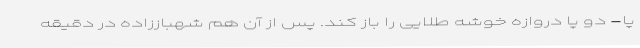
پا- دو پا دروازه خوشه طلایی را باز کند. پس از آن هم شهباززاده در دقیقه